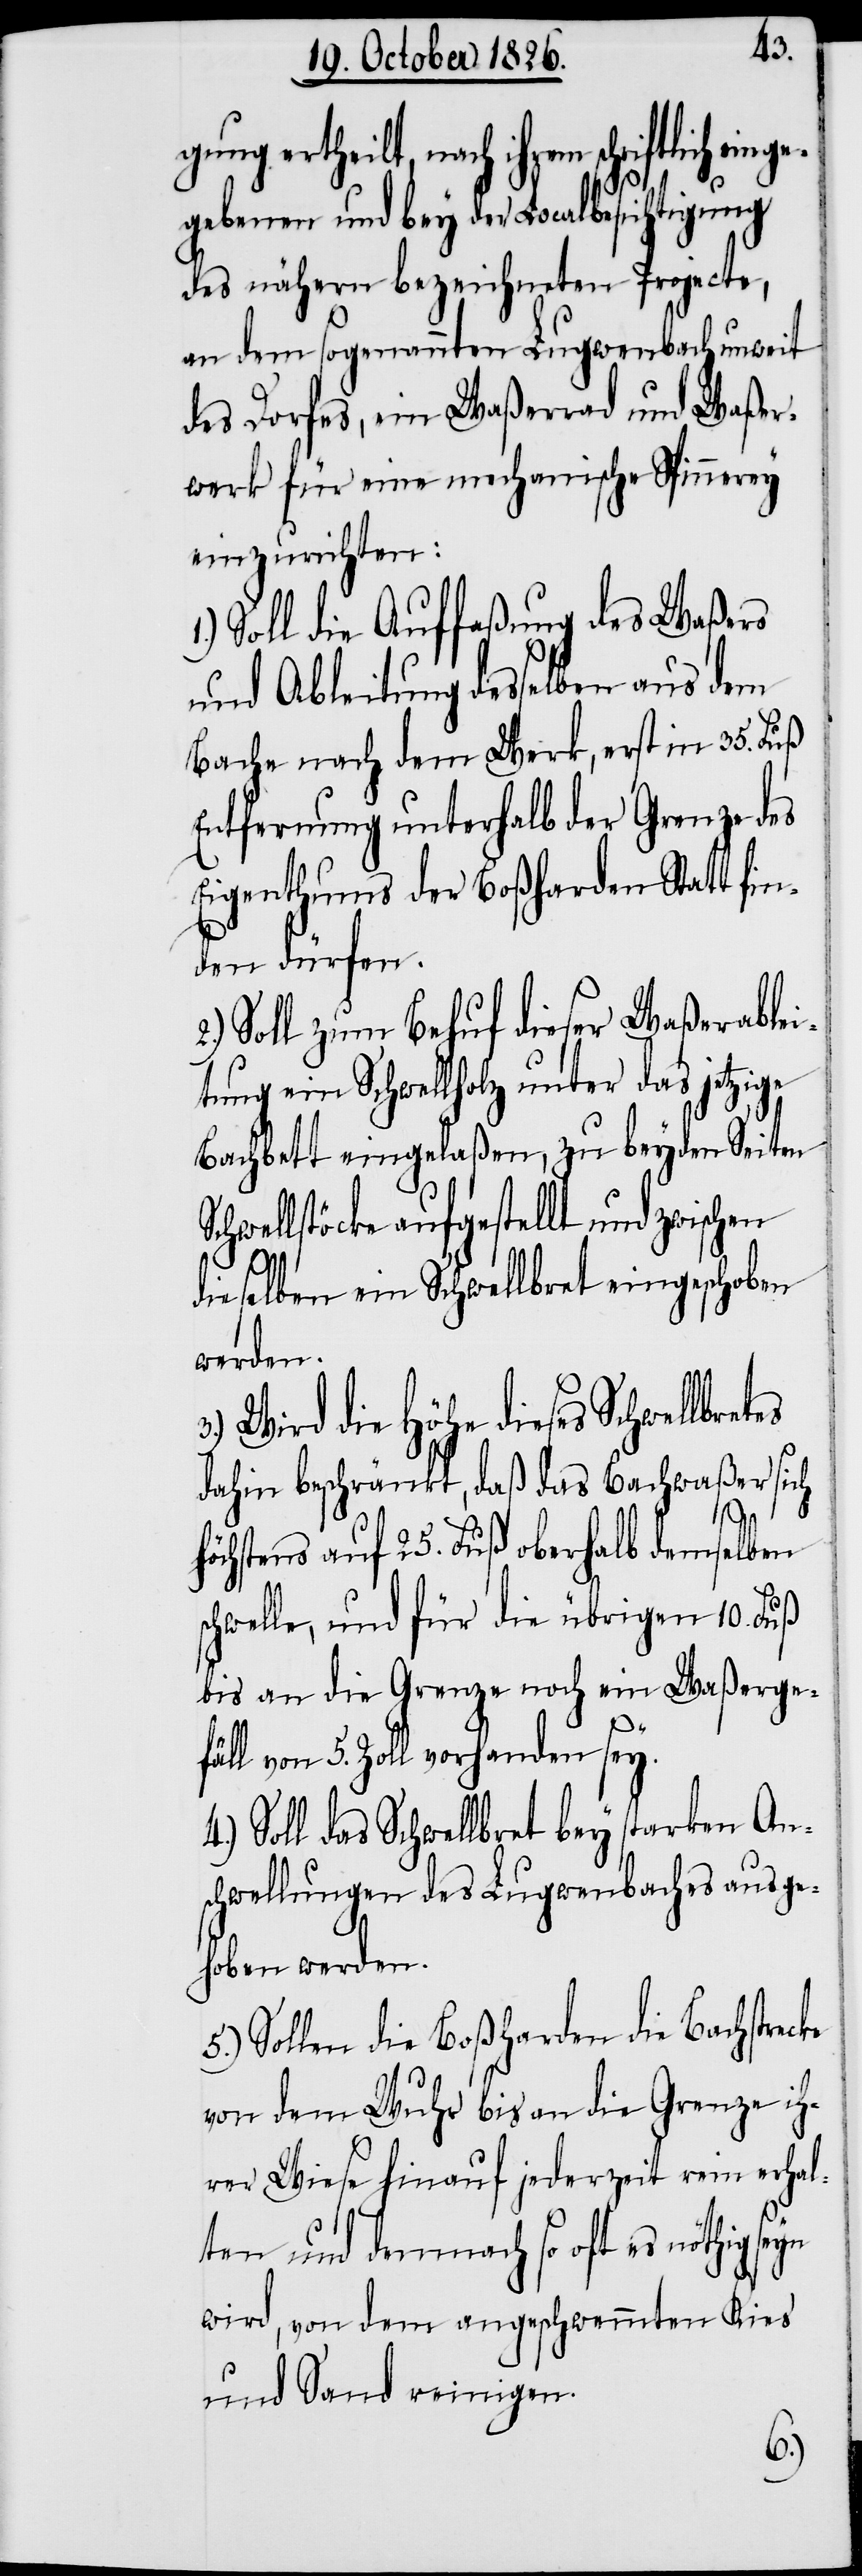
gung ertheilt, nach ihrem schriftlich e¬
gebenen und bey der Localbesichtigung
des nähern bezeichneten Projecte,
an dem sogenannten Lugwenbach unweit
des Dorfes, ein Waßerrad und Waßer¬
werk für eine mechanische Spinnerey
einzurichten:
Soll die Auffaßung des Waßers
und Ableitung desselben aus dem
Bache nach dem Werk, erst in 35. Fuß
Entfernung unterhalb der Grenze des
Eigenthums der Boßharden Statt fin¬
den dürfen.
Soll zum Behuf dieser Waßerablei¬
tung ein Schwellholz unter das jetzige
Bachbett eingelaßen, zu beyden Seiten
Schwellstöcke aufgestellt und zwischen
dieselben ein Schwellbret eingeschoben
werden.
Wird die Höhe dieses Schwellbre¬
dahin beschränkt, daß das Bachwaßer sich
tes
höchstens auf 25. Fuß oberhalb demselben
schwelle, und für die übrigen 10. Fuß
bis an die Grenze noch ein Waßerge¬
ke
fäll von 5. Zoll vorhanden sey.
Soll das Schwellbret bey starken An¬
schwellungen des Lugwenbaches ausge¬
hoben werden.
5.) Sollen die Boßharden die Bachstrec¬
von dem Wuhr bis an die Grenze ih¬
rer Wiese hinauf jederzeit rein erhal¬
ten und demnach so oft es nöthig
wird, von dem angeschwemmten Kies
und Sand reinigen.
4.)